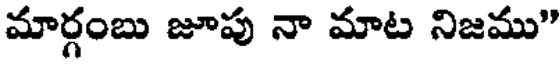
మార్గంబు జూపు నా మాట నిజము"